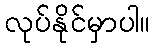
လုပ်နိုင်မှာပါ။